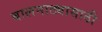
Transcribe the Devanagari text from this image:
बालनाट्यासाठी